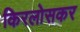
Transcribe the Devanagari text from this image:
किरलोसकर